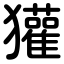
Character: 獾